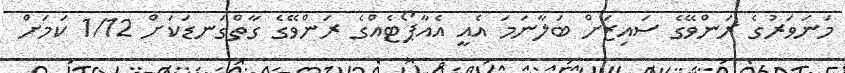
މަނަވަރުގެ ރަންވޭގެ ސައިޒަށް ބަލާނަމަ އެއީ އެއާޕޯޓެއްގެ ރަންވޭގެ ގާތްގަނޑަކަށް 1/12 ކަމަށް